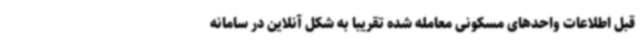
قبل اطلاعات واحدهای مسکونی معامله شده تقریباً به شکل آنلاین در سامانه